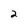
Character: 2